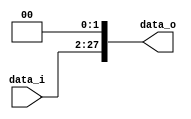
module Shift_Left2_26
(
    data_i,
    data_o
);
input   [25:0]  data_i;
output  [27:0]  data_o;
reg     [27:0]  data_o;
always@(data_i) begin
    data_o = {data_i, 2'b00};
end
endmodule

module Shift_Left2_32
(
    data_i,
    data_o
);
input   [31:0]  data_i;
output  [31:0]  data_o;
reg     [31:0]  data_o;
always@(data_i) begin
    data_o = {data_i[29:0], 2'b00};
end
endmodule